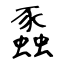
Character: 蟸